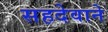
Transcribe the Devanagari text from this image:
सहदेवाने